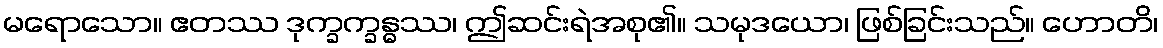
မရောသော။ ဧတဿ ဒုက္ခက္ခန္ဓဿ၊ ဤဆင်းရဲအစု၏။ သမုဒယော၊ ဖြစ်ခြင်းသည်။ ဟောတိ၊